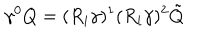
LaTeX: \gamma ^ { 0 } Q = ( R _ { i } \gamma ) ^ { 1 } ( R _ { i } \gamma ) ^ { 2 } \tilde { Q }